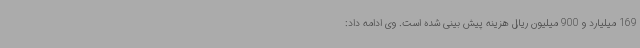
169 میلیارد و 900 میلیون ریال هزینه پیش بینی شده است. وی ادامه داد: